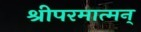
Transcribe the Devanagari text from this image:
श्रीपरमात्मन्